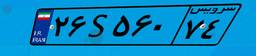
۴۴S۹۶۷۱۳